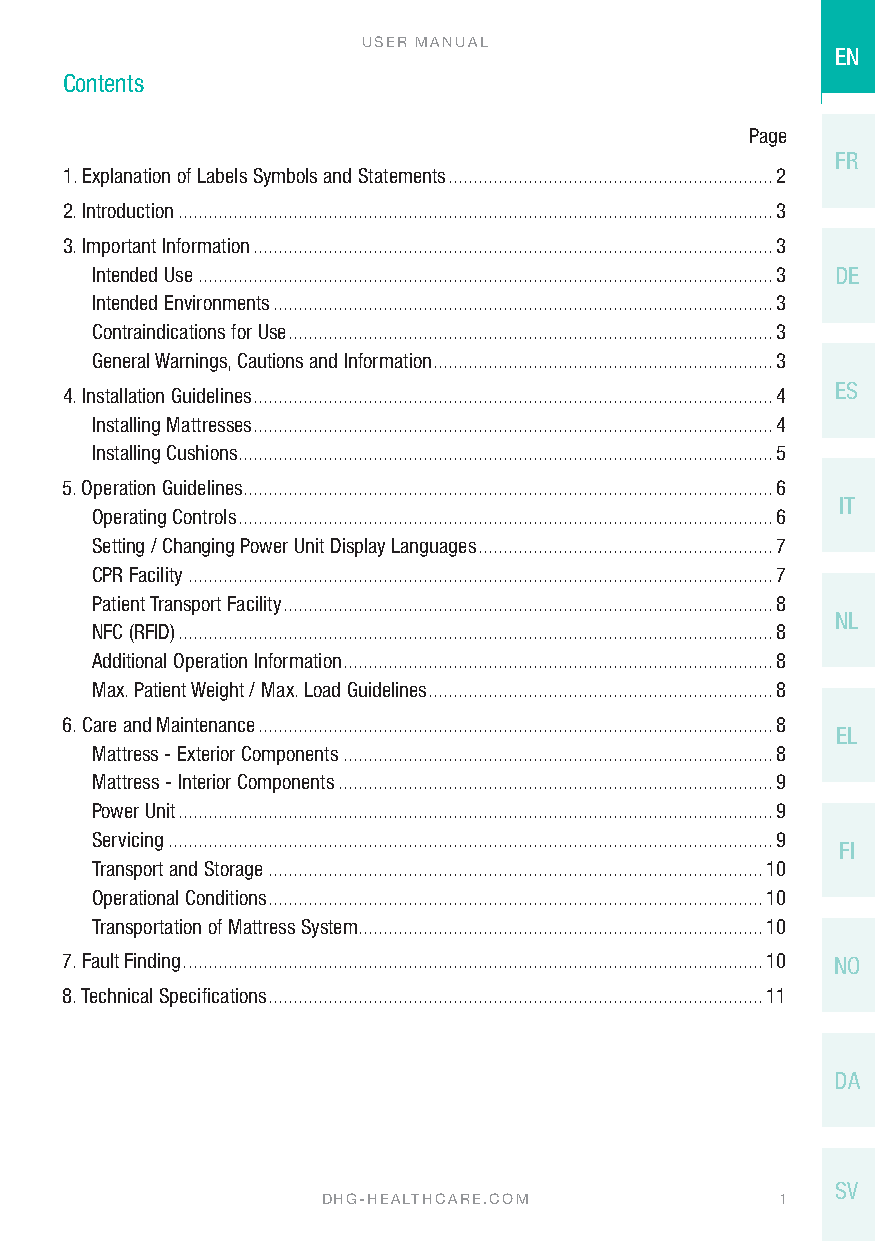
USER MANUAL
 EN
 Contents
 Page
 FR
 1. Explanation of Labels Symbols and Statements .................................................................2
 2. Introduction .......................................................................................................................3
 3. Important Information ........................................................................................................3
 Intended Use ...................................................................................................................3 DE
 Intended Environments ....................................................................................................3
 Contraindications for Use .................................................................................................3
 General Warnings, Cautions and Information ....................................................................3
 4. Installation Guidelines ........................................................................................................4 ES
 Installing Mattresses ........................................................................................................4
 Installing Cushions ...........................................................................................................5
 5. Operation Guidelines ..........................................................................................................6
 IT
 Operating Controls ...........................................................................................................6
 Setting / Changing Power Unit Display Languages ...........................................................7
 CPR Facility .....................................................................................................................7
 Patient Transport Facility ..................................................................................................8
 NL
 NFC (RFID) .......................................................................................................................8
 Additional Operation Information ......................................................................................8
 Max. Patient Weight / Max. Load Guidelines .....................................................................8
 6. Care and Maintenance .......................................................................................................8
 EL
 Mattress - Exterior Components ......................................................................................8
 Mattress - Interior Components .......................................................................................9
 Power Unit .......................................................................................................................9
 Servicing .........................................................................................................................9
 FI
 Transport and Storage ...................................................................................................10
 Operational Conditions ...................................................................................................10
 Transportation of Mattress System.................................................................................10
 7. Fault Finding ....................................................................................................................10 NO
 8. Technical Specifications ...................................................................................................11
 DA
 SV
 DHG-HEALTHCARE.COM             1